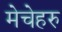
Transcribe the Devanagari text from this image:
मेचेहरु